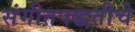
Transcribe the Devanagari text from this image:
संगीतपद्धतीचे